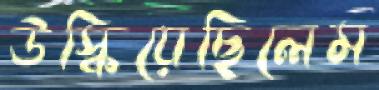
উস্‌কিয়েছিলেম